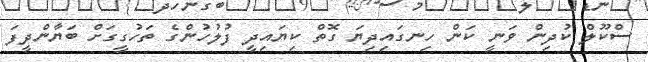
ސްކޫލް ކުދިން ވަނީ ކަން ހިނގައިދިޔަ ގޮތް ކިޔައިދީ ފުލުހުންގެ ތަހުގީގަށް ބަޔާންދީފަ